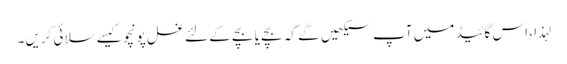
لہذا ، اس گائیڈ میں آپ سیکھیں گے کہ بچے یا بچے کے لئے غسل پونچو کیسے سلائی کریں۔